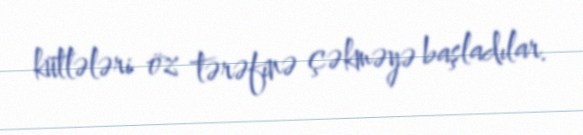
kütlələri öz tərəfinə çəkməyə başladılar.